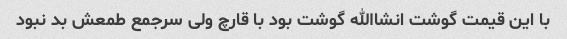
با این قیمت گوشت انشاالله گوشت بود با قارچ ولی سرجمع طمعش بد نبود